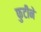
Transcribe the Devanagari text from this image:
फुटीने